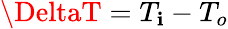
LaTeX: \DeltaT=T_{\mathbf{i}}-T_{o}